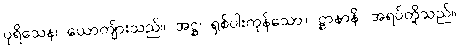
ပုရိသေန၊ ယောကျ်ားသည်။ အဋ္ဌ၊ ရှစ်ပါးကုန်သော။ ဋ္ဌာနာနိ၊ အရပ်တို့သည်။